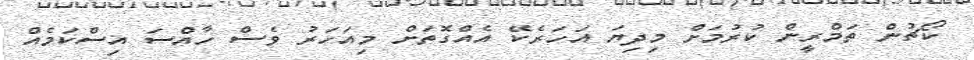
ކޯޗުން ތަމްރީން ކުރުމަށް މިދިޔަ އަހަރެކޭ އެއްގޮތަށް މިއަހަރު ވެސް ހާއްސަ އިސްކަމެއް